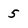
Character: 5